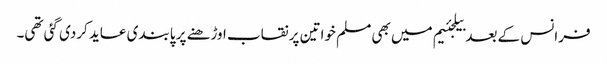
فرانس کے بعد بیلجئیم میں بھی مسلم خواتین پر نقاب اوڑھنے پر پابندی عاید کردی گئی تھی۔